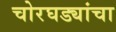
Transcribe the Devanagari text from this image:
चोरघड्यांचा